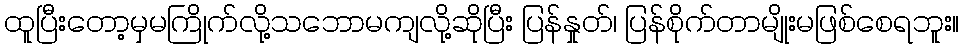
ထူပြီးတော့မှမကြိုက်လို့သဘောမကျလို့ဆိုပြီး ပြန်နှုတ်၊ ပြန်စိုက်တာမျိုးမဖြစ်စေရဘူး။